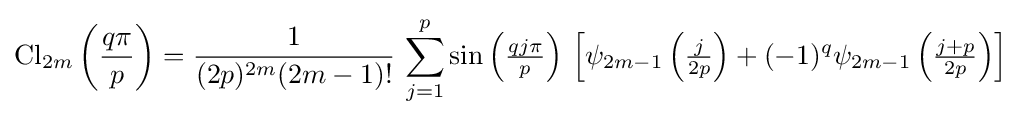
\operatorname {Cl} _{2m}\left({\frac {q\pi }{p}}\right)={\frac {1}{(2p)^{2m}(2m-1)!}}\,\sum _{j=1}^{p}\sin \left({\tfrac {qj\pi }{p}}\right)\,\left[\psi _{2m-1}\left({\tfrac {j}{2p}}\right)+(-1)^{q}\psi _{2m-1}\left({\tfrac {j+p}{2p}}\right)\right]